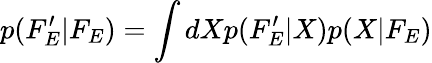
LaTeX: p(F_{E}^{\prime}|F_{E})=\int dXp(F_{E}^{\prime}|X)p(X|F_{E})